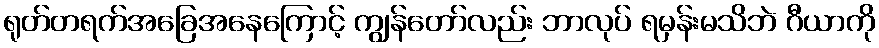
ရုတ်တရက်အခြေအနေကြောင့် ကျွန်တော်လည်း ဘာလုပ် ရမှန်းမသိဘဲ ဂီယာကို